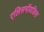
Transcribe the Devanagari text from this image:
एलिसमॉयडिस